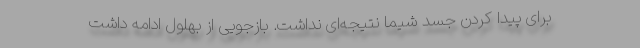
برای پیدا کردن جسد شیما نتیجه‌ای نداشت. بازجویی از بهلول ادامه داشت